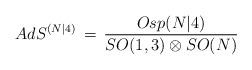
LaTeX: \begin{align*}AdS^{(N|4)}\,=\,\frac{Osp(N\vert 4)}{SO(1,3)\otimes SO(N)}\end{align*}